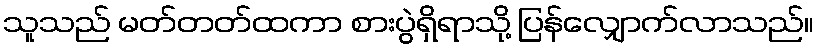
သူသည် မတ်တတ်ထကာ စားပွဲရှိရာသို့ ပြန်လျှောက်လာသည်။